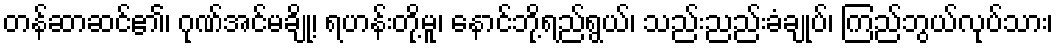
တန်ဆာဆင်၏၊ ဂုဏ်အင်မချို့၊ ရဟန်းတို့မူ၊ နောင်ဘို့ရည်ရွယ်၊ သည်းညည်းခံချုပ်၊ ကြည်ဘွယ်လုပ်သား၊